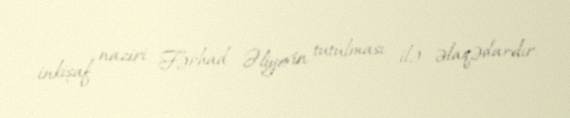
inkişaf naziri Fərhad Əliyevin tutulması ilə əlaqədardır.